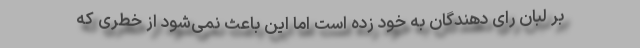
بر لبان رای دهندگان به خود زده است اما این باعث نمی‌شود از خطری که